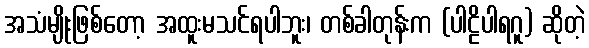
အသံမျိုးဖြစ်တော့ အထူးမသင်ရပါဘူး၊ တစ်ခါတုန်းက (ပါဠိပါရဂူ) ဆိုတဲ့